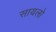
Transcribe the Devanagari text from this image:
सायलो